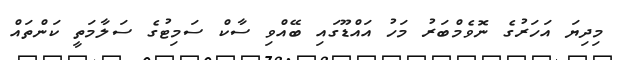
މިދިޔަ އަހަރުގެ ނޮވެމްބަރު މަހު އައްޑޫގައި ބޭއްވި ސާކް ސަމިޓުގެ ސަލާމަތީ ކަންތައް